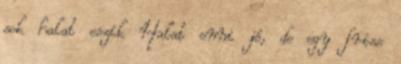
sok halat eszik Halat enni jó, de egy friss